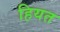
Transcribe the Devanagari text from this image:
हियत